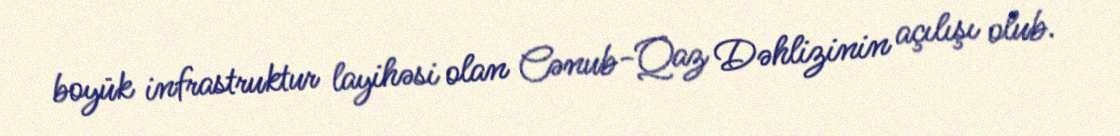
boyük infrastruktur layihəsi olan Cənub-Qaz Dəhlizinin açılışı olub.